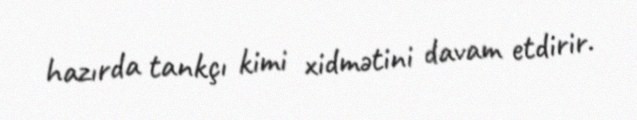
hazırda tankçı kimi xidmətini davam etdirir.